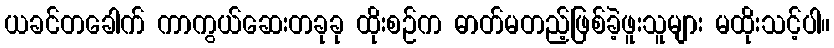
ယခင်တခေါက် ကာကွယ်ဆေးတခုခု ထိုးစဉ်က ဓာတ်မတည့်ဖြစ်ခဲ့ဖူးသူများ မထိုးသင့်ပါ။